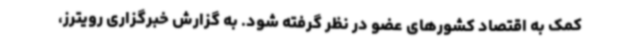
کمک به اقتصاد کشورهای عضو در نظر گرفته شود. به گزارش خبرگزاری رویترز،